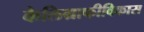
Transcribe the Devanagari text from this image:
कैलिग्राफीविकास